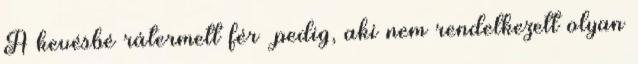
A kevésbé rátermett férﬁ pedig, aki nem rendelkezett olyan